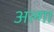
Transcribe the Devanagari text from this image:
अल्गा